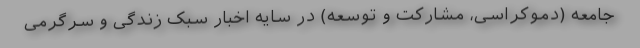
جامعه (دموکراسی، مشارکت و توسعه) در سایه اخبار سبک زندگی و سرگرمی